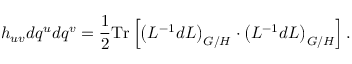
h _ { u v } d q ^ { u } d q ^ { v } = \frac 1 2 \mathrm { T r } \left[ \left( L ^ { - 1 } d L \right) _ { G / H } \cdot \left( L ^ { - 1 } d L \right) _ { G / H } \right] .